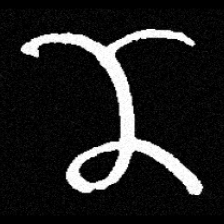
Pyu character \u2014 Myanmar letter: ဏ (romanized: nna)